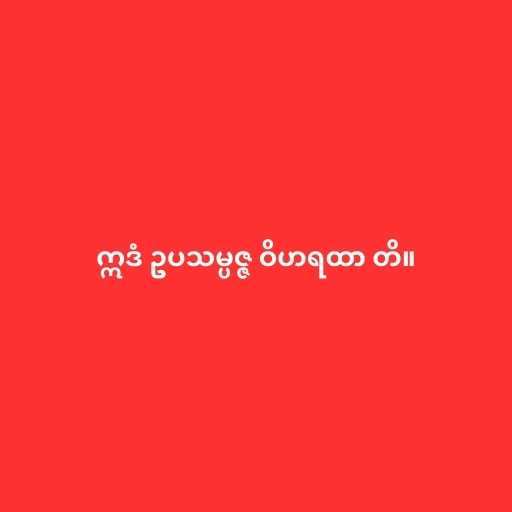
ဣဒံ ဥပသမ္ပဇ္ဇ ဝိဟရထာ တိ။